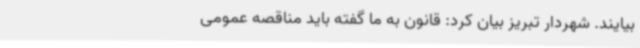
بیایند. شهردار تبریز بیان کرد: قانون به ما گفته باید مناقصه عمومی